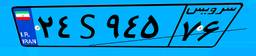
۲۶S۴۲۵۱۷